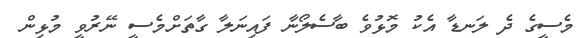
މެސީގެ ދެ ލަނޑާ އެކު މޮޅުވެ ބާސެލޯނާ ފައިނަލާ ގާތަށްމެސީ ނޭރުވީ މުޅިން